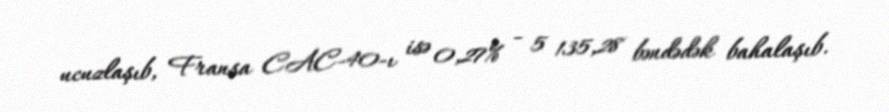
ucuzlaşıb, Fransa CAC-40-ı isə 0,27% - 5 135,28 bəndədək bahalaşıb.